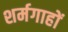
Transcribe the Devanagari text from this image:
शर्मगाहों